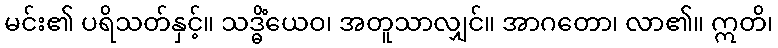
မင်း၏ ပရိသတ်နှင့်။ သဒ္ဓိံယေဝ၊ အတူသာလျှင်။ အာဂတော၊ လာ၏။ ဣတိ၊